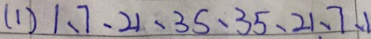
( 1 ) 1 、 7 、 2 1 、 3 5 、 3 5 、 2 1 、 7 、 1